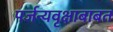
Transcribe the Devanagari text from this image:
पर्जन्यवृक्षाबाबत